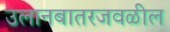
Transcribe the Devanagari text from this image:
उलानबातरजवळील